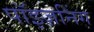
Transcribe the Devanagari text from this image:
पॉइज़निंग